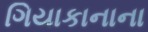
ગિયાકાનાના